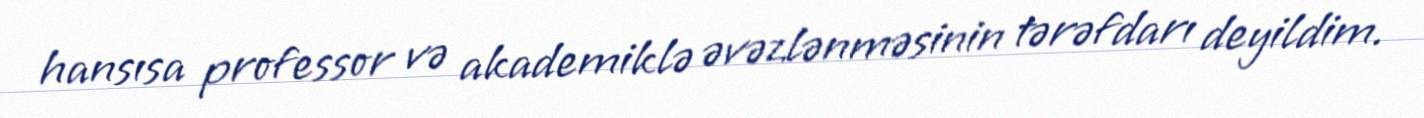
hansısa professor və akademiklə əvəzlənməsinin tərəfdarı deyildim.